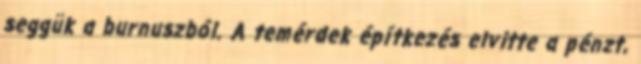
seggük a burnuszból. A temérdek építkezés elvitte a pénzt,